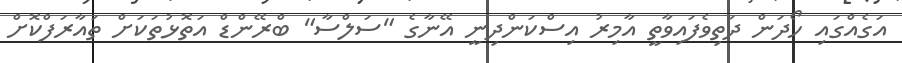
އަގެއްގައި ހޯދަން ދަތިވެފައިވާތީ އާމިރު އިސްކަންދިނީ އޭނާގެ "ސަލްސާ" ބްރޭންޑް އަތޮޅުތަކަށް ތައާރަފްކޮށް